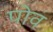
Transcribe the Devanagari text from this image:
पोव